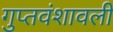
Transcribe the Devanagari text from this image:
गुप्तवंशावली